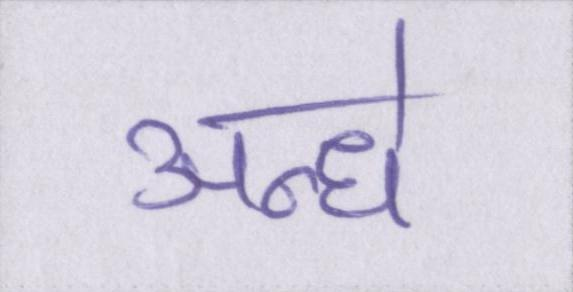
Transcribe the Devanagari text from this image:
अन्धे